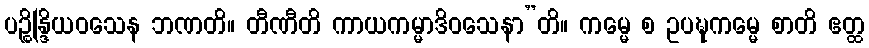
ပဉ္စိန္ဒြိယဝသေန ဘဏတိ။ တီဏီတိ ကာယကမ္မာဒိဝသေနာ”တိ။ ကမ္မေ စ ဥပဍ္ဎကမ္မေ စာတိ ဧတ္ထ